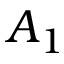
A _ { 1 }